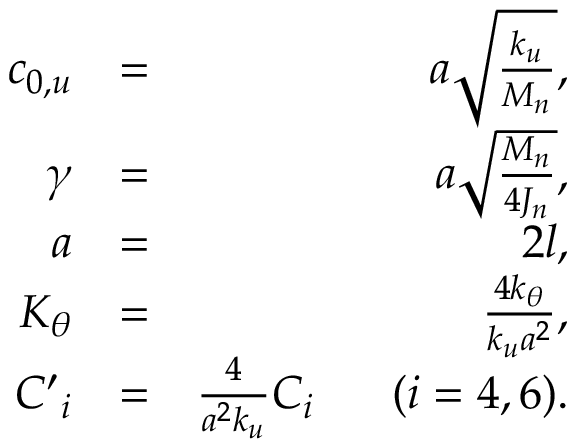
\begin{array} { r l r } { { { c } _ { 0 , u } } } & { = } & { a \sqrt { \frac { { { k } _ { u } } } { { { M } _ { n } } } } , } \\ { \gamma } & { = } & { a \sqrt { \frac { { { M } _ { n } } } { 4 { { J } _ { n } } } } , } \\ { a } & { = } & { 2 l , } \\ { { { K } _ { \theta } } } & { = } & { \frac { 4 { { k } _ { \theta } } } { { { k } _ { u } } { { a } ^ { 2 } } } , } \\ { { { { C } ^ { \prime } } _ { i } } } & { = } & { \frac { 4 } { { { a } ^ { 2 } } { { k } _ { u } } } { { C } _ { i } } \ \ \ \ \ ( i = 4 , 6 ) . } \end{array}